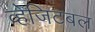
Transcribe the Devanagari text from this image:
व्हेजिटबल